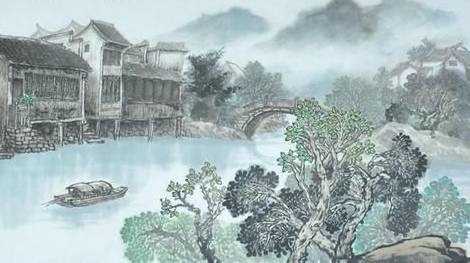
即从巴峡穿巫峡，便下襄阳向洛阳。